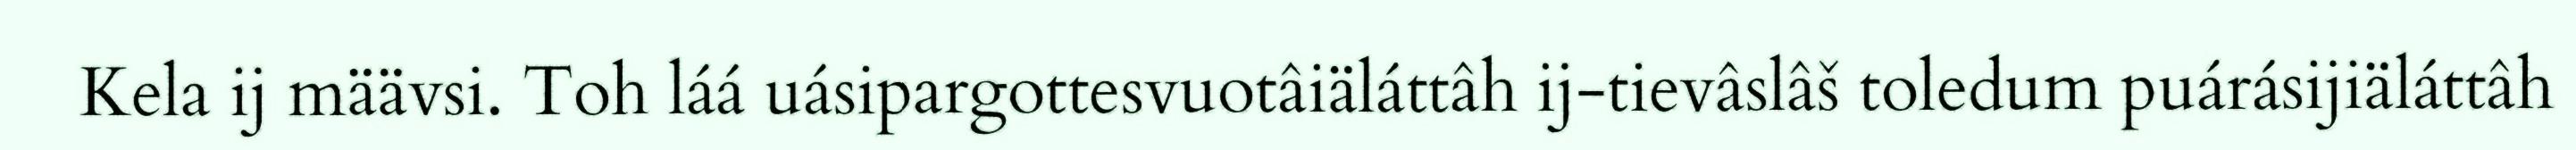
Kela ij määvsi. Toh láá uásipargottesvuotâiäláttâh ij-tievâslâš toledum puárásijiäláttâh